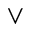
\vee